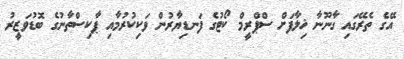
އޭގެ ތެރޭގައި ގާނޫނާ ޚިލާފަށް ސްޕްރީމް ކޯޓުގެ ފަނޑިޔާރުން ވަކިކުރުމާއި ޕާކިސްތާނުގެ ބޮޑުވަޒީރު